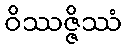
ဝိဿဇ္ဇိဿံ